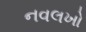
નવલખો